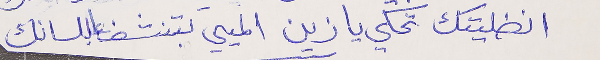
انضليتك تحكي يا زين   الميي بتنشف عا للسانك